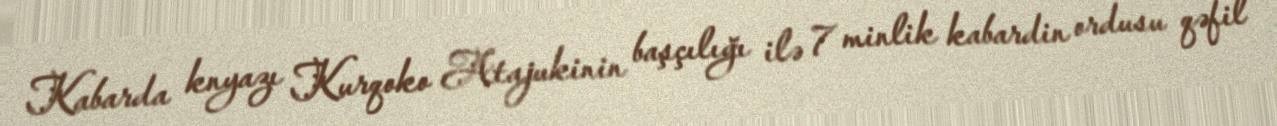
Kabarda knyazı Kurqoko Atajukinin başçılığı ilə 7 minlik kabardin ordusu qəfil